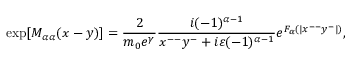
\mathrm { e x p } [ M _ { { \alpha } { \alpha } } ( x - y ) ] = \frac { 2 } { m _ { 0 } e ^ { \gamma } } \frac { i ( - 1 ) ^ { { \alpha } - 1 } } { x ^ { -- } y ^ { - } + i { \varepsilon } ( - 1 ) ^ { { \alpha } - 1 } } e ^ { F _ { \alpha } ( | x ^ { -- } y ^ { - } | ) } ,